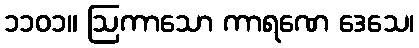
၁၁၀၁။ ဩကာသော ကာရဏေ ဒေသေ၊